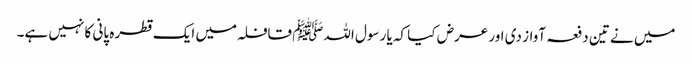
میں نے تین دفعہ آواز دی اور عرض کیا کہ یا رسول اللہﷺ قافلہ میں ایک قطرہ پانی کا نہیں ہے۔